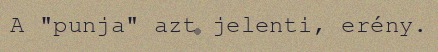
A "punja" azt jelenti, erény.